Civil Veterinary Dept. Bombay admin report 1907-1913 - 1907-1913
Year: 1907
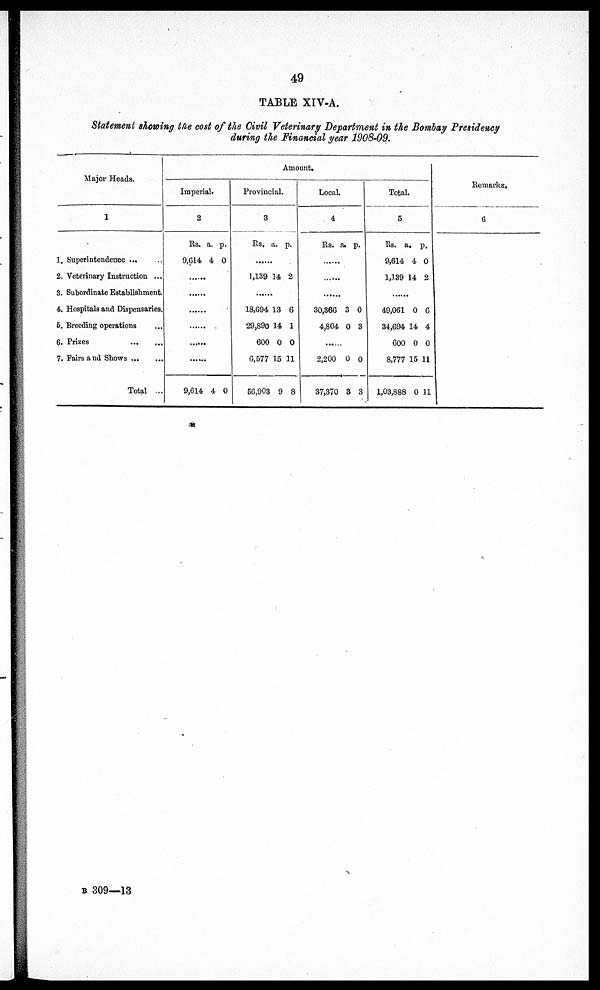
49
TABLE XIV-A.
Statement showing the cost of the Civil Veterinary Department in the Bombay Presidency
during the Financial year 1908-09.
Major Heads.
1
1. Superintendence ... ...
2. Veterinary Instruction ...
3. Subordinate Establishment.
4. Hospitals and Dispensaries.
6. Breeding operations ...
6. Prizes
...
...
7. Fairs and Shows ... ...
Total ...
Amount.
Imperial.
2
R.
9,614
......
......
......
......
......
......
9,614
a.
4
4
p.
0
0
Provincial.
3
Rs.
......
1,139
......
18,694
29,890
600
6,577
56,903
a.
14
13
14
0
15
9
p.
2
6
1
0
11
8
Local.
4
Rs.
......
......
......
30,366
4,804
......
2,200
37,370
a.
3
0
0
3
p.
0
3
0
3
Total.
5
Rs.
9,614
1,139
......
49,061
34,694
600
8,777
1,03,888
a.
4
14
0
14
0
15
0
p.
0
2
0
4
0
11
11
Remarks.
6
B 309—13